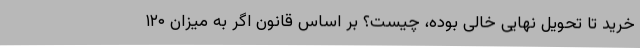
خرید تا تحویل نهایی خالی بوده، چیست؟ بر اساس قانون اگر به میزان ۱۲۰